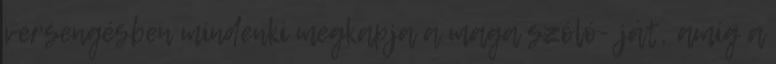
versengésben mindenki megkapja a maga szóló- ját, amíg a